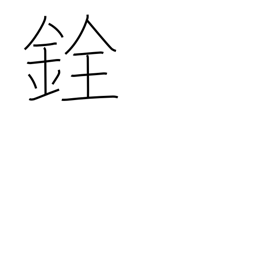
Meaning: scales